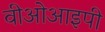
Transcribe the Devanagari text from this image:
वीओआइपी